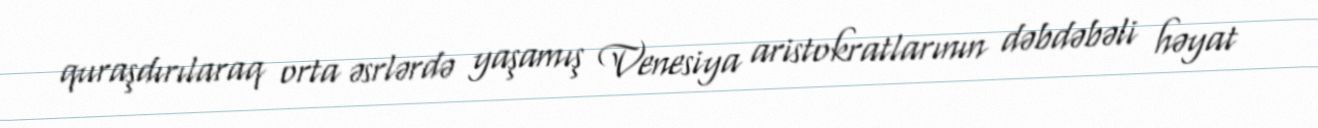
quraşdırılaraq orta əsrlərdə yaşamış Venesiya aristokratlarının dəbdəbəli həyat